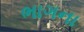
ભાગના